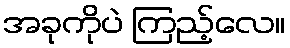
အခုကိုပဲ ကြည့်လေ။